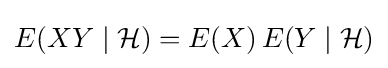
E(XY\mid {\mathcal {H}})=E(X)\,E(Y\mid {\mathcal {H}})